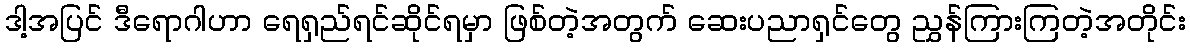
ဒါ့အပြင် ဒီရောဂါဟာ ရေရှည်ရင်ဆိုင်ရမှာ ဖြစ်တဲ့အတွက် ဆေးပညာရှင်တွေ ညွှန်ကြားကြတဲ့အတိုင်း